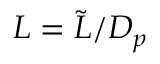
L = { \tilde { L } } / { D _ { p } }